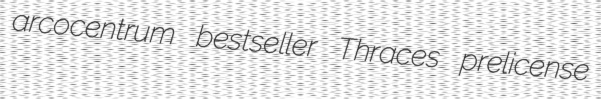
arcocentrum bestseller Thraces prelicense